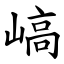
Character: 嵪